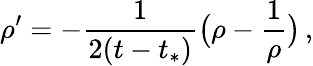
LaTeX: \rho^{\prime}=-\frac{1}{2(t-t_{*})}\bigl(\rho-\frac 1\rho\bigr)\, ,